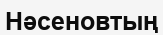
Нәсеновтың